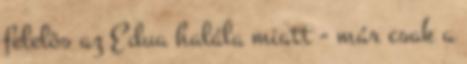
felelõs az Edua halála miatt - már csak a